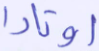
أوتادا